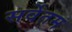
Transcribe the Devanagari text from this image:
सर्वेतम